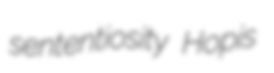
sententiosity Hopis